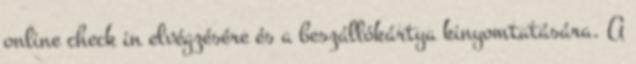
online check in elvégzésére és a beszállókártya kinyomtatására. A